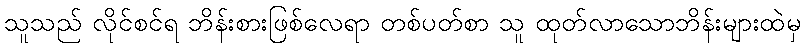
သူသည် လိုင်စင်ရ ဘိန်းစားဖြစ်လေရာ တစ်ပတ်စာ သူ ထုတ်လာသောဘိန်းများထဲမှ